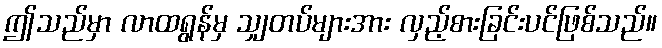
ဤသည်မှာ လာထရွန်မှ သျှတပ်များအား လှည့်စားခြင်းပင်ဖြစ်သည်။